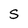
Character: S